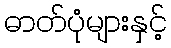
ဓာတ်ပုံများနှင့်